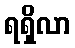
ရရှိလာ